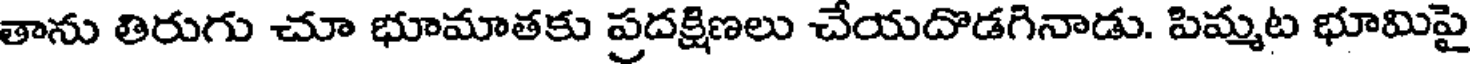
తాను తిరుగు చూ భూమాతకు ప్రదక్షిణలు చేయదొడగినాడు. పిమ్మట భూమిపై